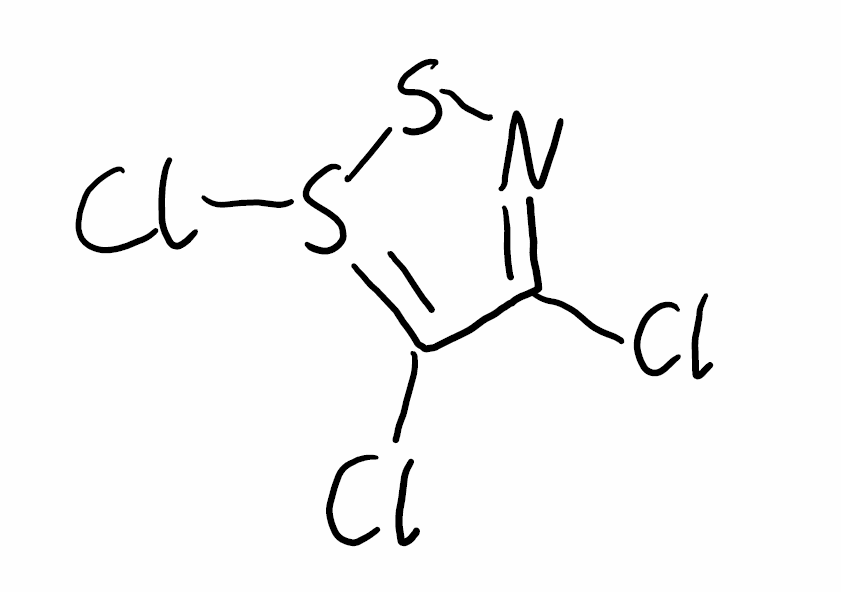
Simplified molecular-input line-entry system (SMILES) notation of the given molecule:
C1(=NSS(=C1Cl)Cl)Cl